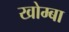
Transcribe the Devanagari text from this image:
खोम्बा